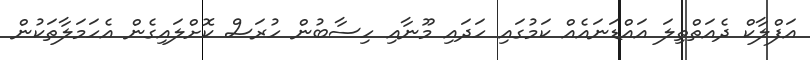
އަފްލާކް ދެއަތްތިލަ އައްޑަނައެއް ކަމުގައި ހަދައި މޫނާއި ހިސާބުން ހުރަސް ކޮށްލައިގެން އެހަމަލާތަކުން